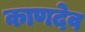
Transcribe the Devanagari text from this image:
काणदेव